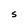
Character: S